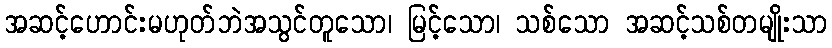
အဆင့်ဟောင်းမဟုတ်ဘဲအသွင်တူသော၊ မြင့်သော၊ သစ်သော အဆင့်သစ်တမျိုးသာ